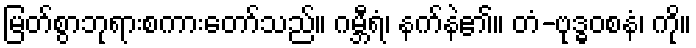
မြတ်စွာဘုရားစကားတော်သည်။ ဂမ္ဘီရံ၊ နက်နဲ၏။ တံ-ဗုဒ္ဓဝစနံ၊ ကို။